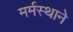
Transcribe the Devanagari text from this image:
मर्मस्थाने